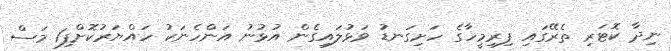
ނިދާ ކޮޓަރި ތެރޭގައި ފިރިމީހާގެ ހަށިގަނޑު ވަޅުލައިގެން އުޅުނު އަންހެނަކު ހައްޔަރުކޮށްފި1 މަސް